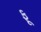
ફૂ